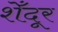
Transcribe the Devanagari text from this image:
शेँदूर